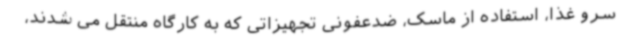
سرو غذا، استفاده از ماسک، ضدعفونی تجهیزاتی که به کارگاه منتقل می شدند،